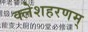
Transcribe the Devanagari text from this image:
क्लेशहरणम्